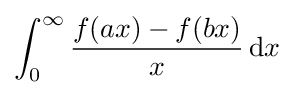
\int _{0}^{\infty }{\frac {f(ax)-f(bx)}{x}}\,{\rm {d}}x